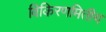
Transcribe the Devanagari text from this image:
विकिरणमितीय